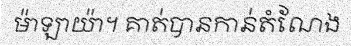
ម៉ាឡាយ៉ា។ គាត់បានកាន់តំណែង